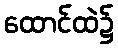
ထောင်ထဲ၌